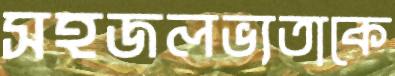
সহজলভ্যতাকে